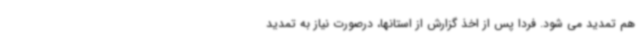
هم تمدید می شود. فردا پس از اخذ گزارش از استانها، درصورت نیاز به تمدید